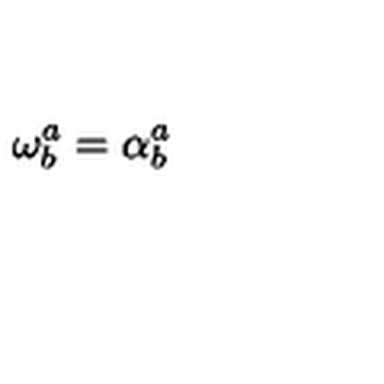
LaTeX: \mathbf { \omega } _ { b } ^ { a } = \mathbf { \alpha } _ { b } ^ { a }